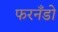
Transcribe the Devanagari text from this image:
फरनँडो